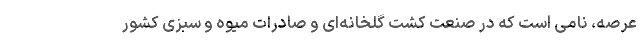
عرصه، نامی است که در صنعت کشت گلخانه‌ای و صادرات میوه و سبزی کشور